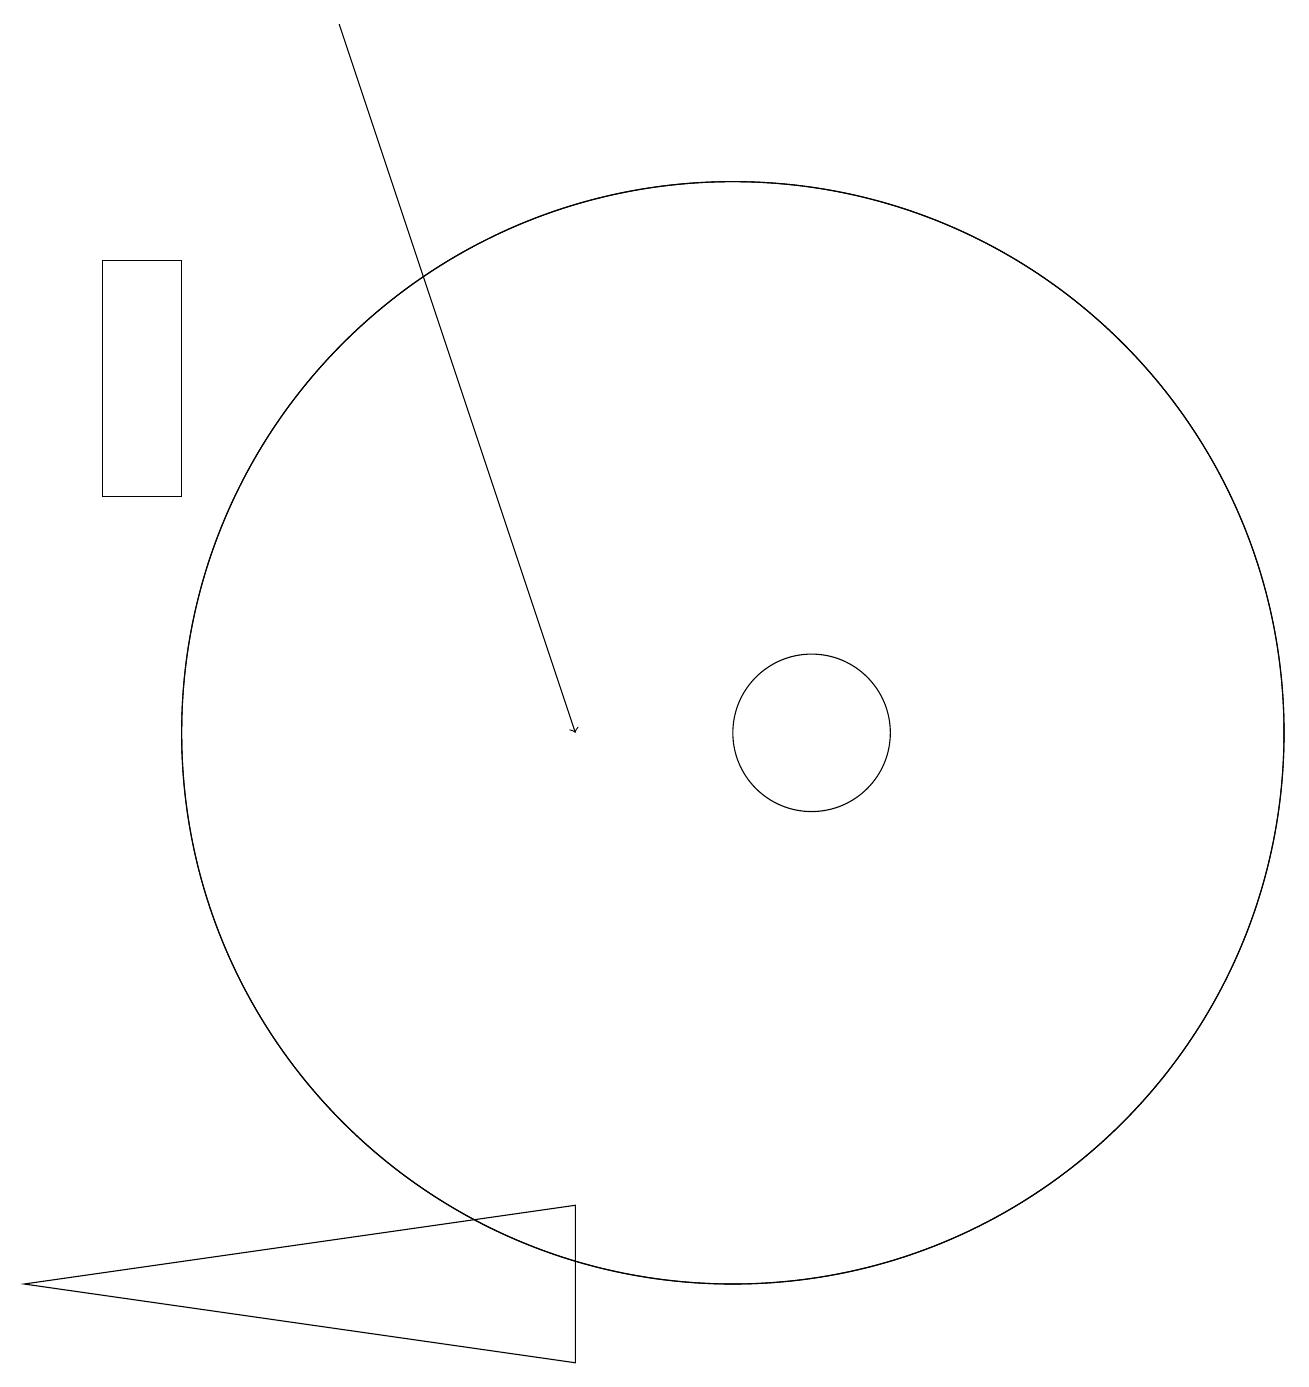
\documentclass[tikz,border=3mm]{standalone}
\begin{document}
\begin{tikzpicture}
\draw (8,2) -- (8,4) -- (1,3) -- cycle;
\draw (11,10) circle (1);
\draw (2,13) rectangle (3,16);
\draw (10,10) circle (7);
\draw[->] (5,19) -- (8,10);
\draw (10,10) circle (7);
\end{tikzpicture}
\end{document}